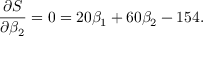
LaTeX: { \frac { \partial S } { \partial \beta _ { 2 } } } = 0 = 2 0 \beta _ { 1 } + 6 0 \beta _ { 2 } - 1 5 4 .